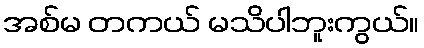
အစ်မ တကယ် မသိပါဘူးကွယ်။